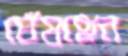
ঘেঁষছেন